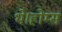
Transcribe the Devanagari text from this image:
थे।होम्स